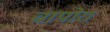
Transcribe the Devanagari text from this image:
चापोरा